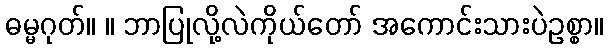
ဓမ္မဂုတ်။ ။ ဘာပြုလို့လဲကိုယ်တော် အကောင်းသားပဲဥစ္စာ။